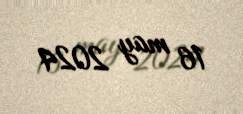
16 may 2024